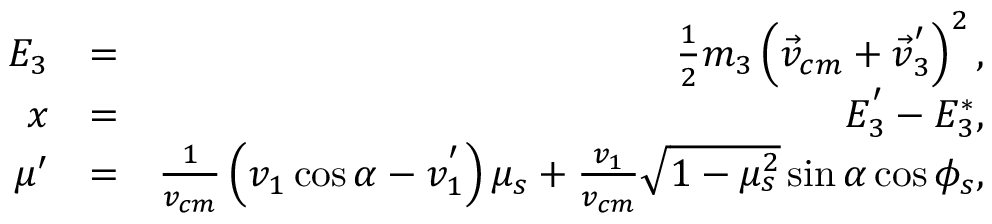
\begin{array} { r l r } { E _ { 3 } } & { = } & { \frac { 1 } { 2 } m _ { 3 } \left( \vec { v } _ { c m } + \vec { v } _ { 3 } ^ { ' } \right) ^ { 2 } , } \\ { x } & { = } & { E _ { 3 } ^ { ' } - E _ { 3 } ^ { * } , } \\ { \mu ^ { \prime } } & { = } & { \frac { 1 } { v _ { c m } } \left( v _ { 1 } \cos \alpha - v _ { 1 } ^ { ' } \right) \mu _ { s } + \frac { v _ { 1 } } { v _ { c m } } \sqrt { 1 - \mu _ { s } ^ { 2 } } \sin \alpha \cos \phi _ { s } , } \end{array}